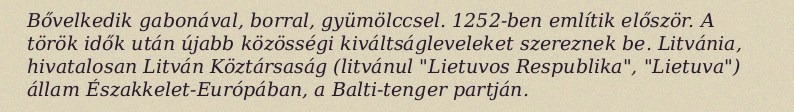
Bővelkedik gabonával, borral, gyümölccsel. 1252-ben említik először. A török idők után újabb közösségi kiváltságleveleket szereznek be. Litvánia, hivatalosan Litván Köztársaság (litvánul "Lietuvos Respublika", "Lietuva") állam Északkelet-Európában, a Balti-tenger partján.